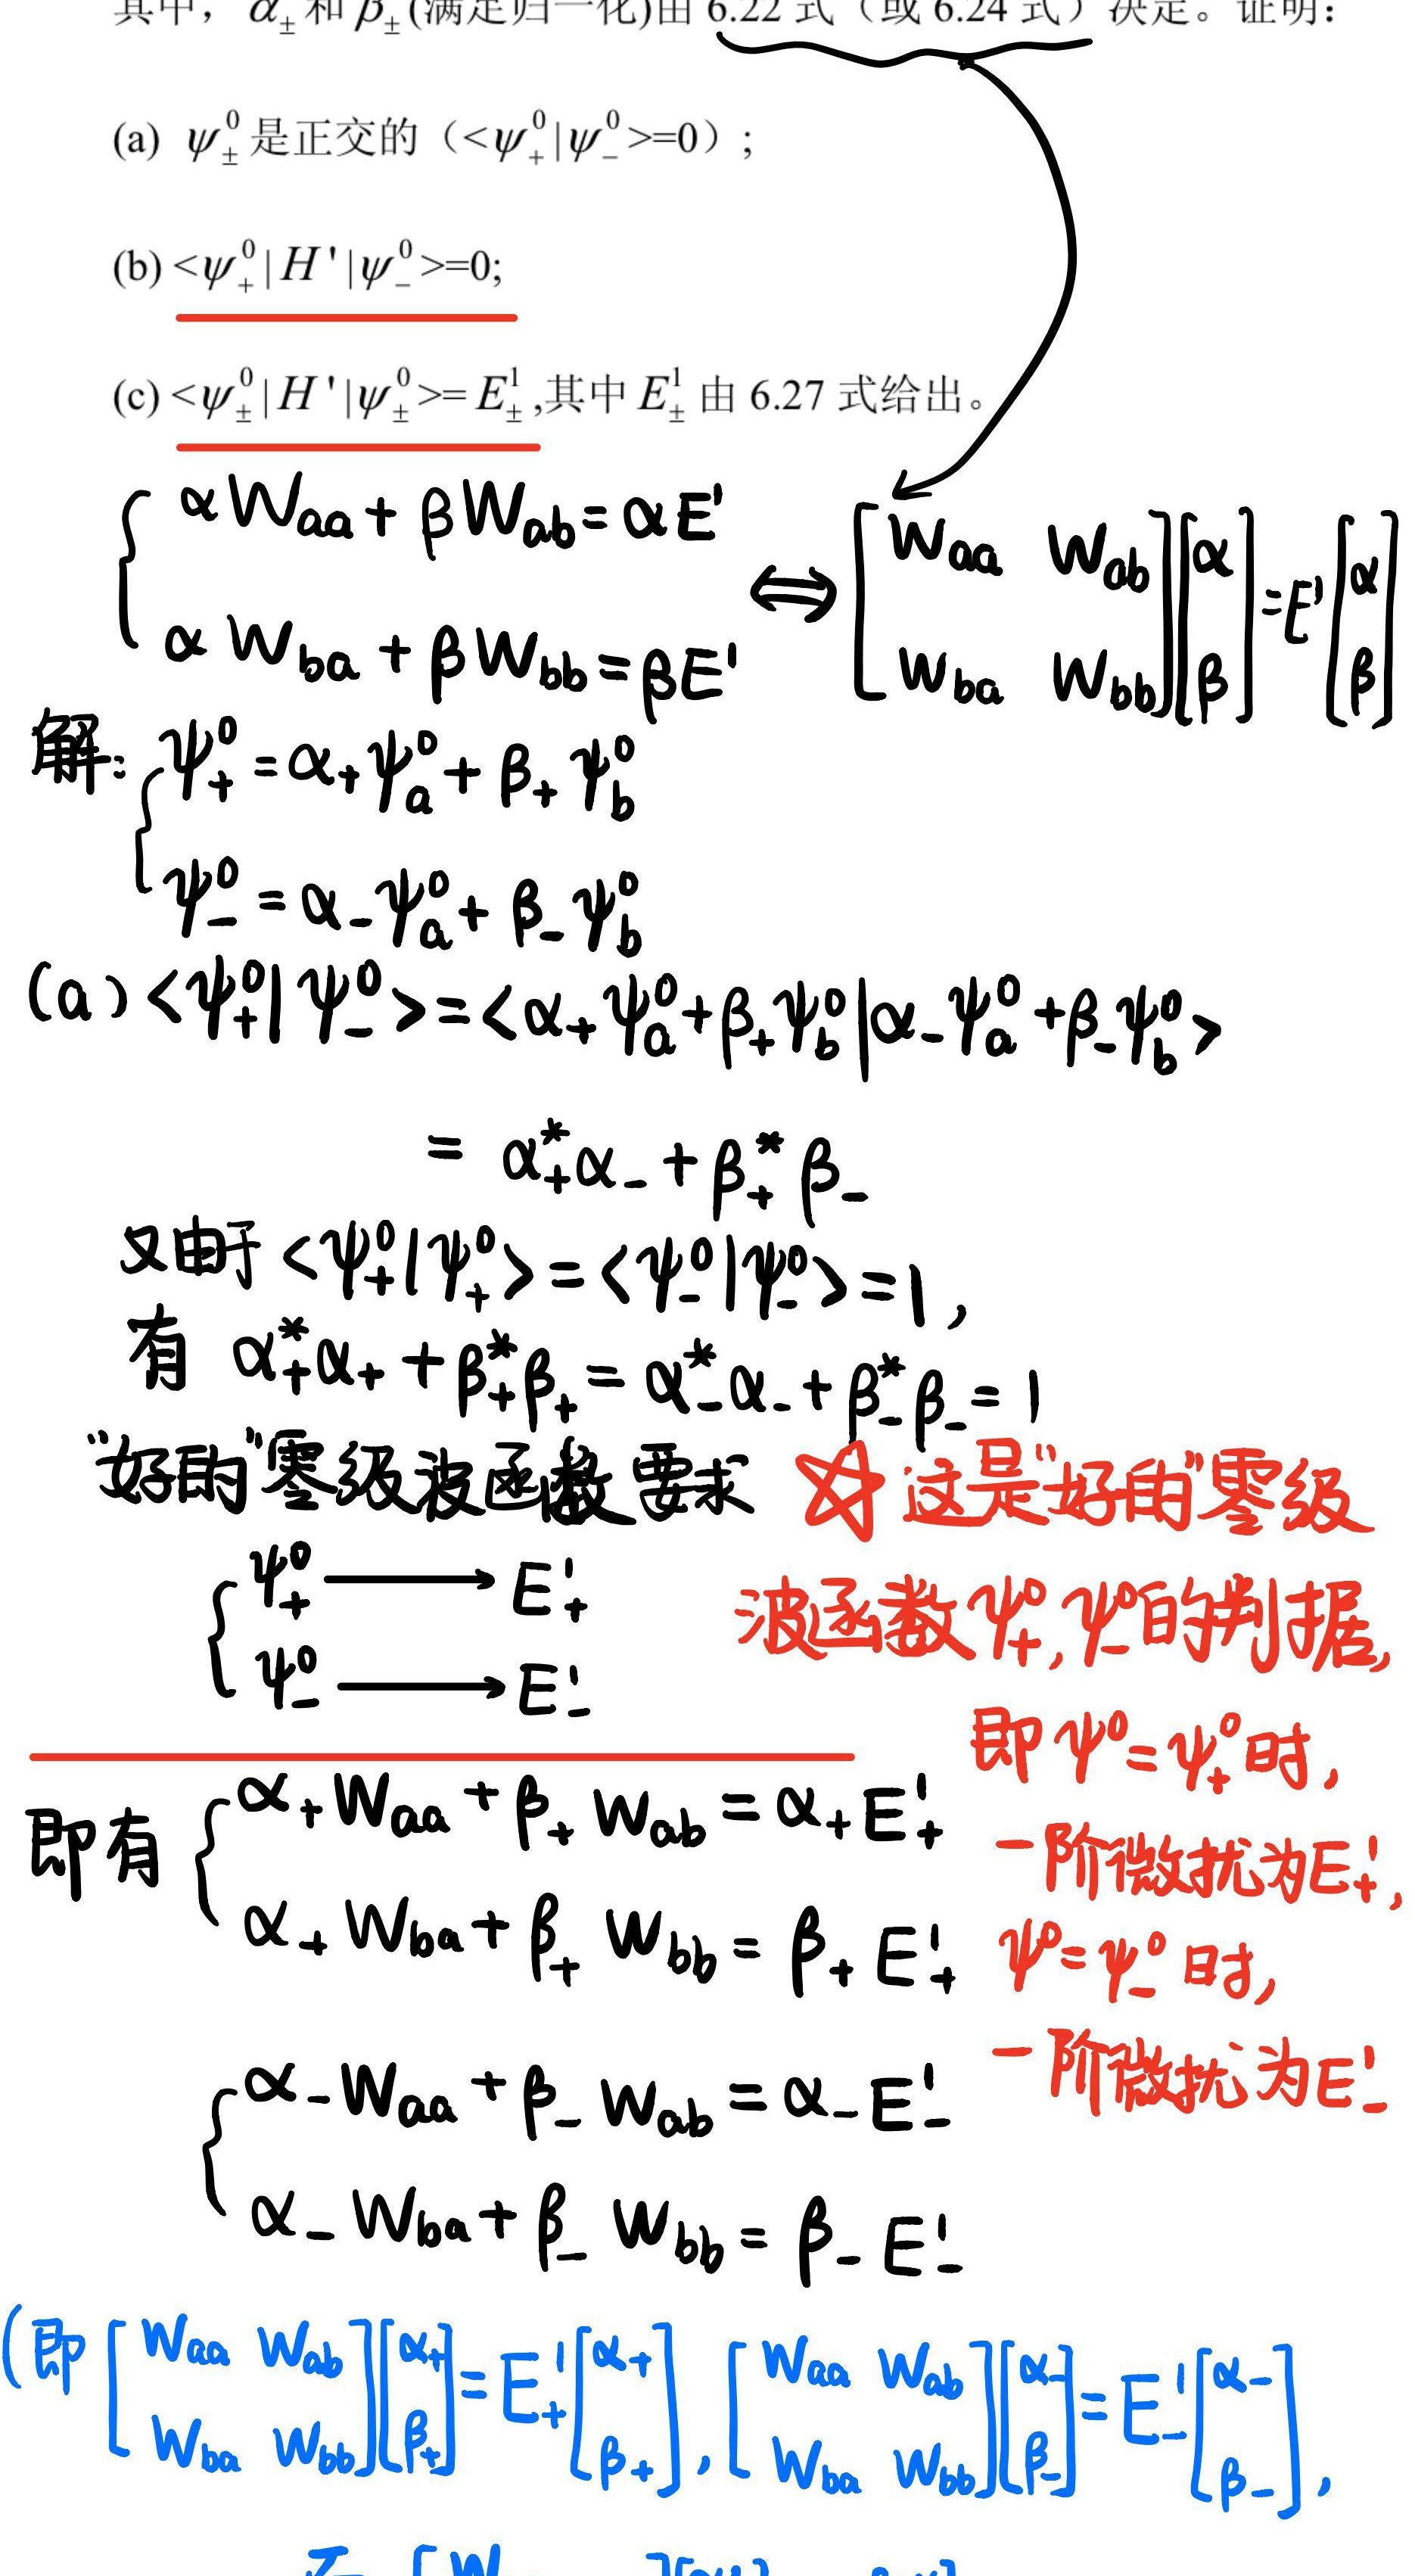
其中，$\alpha_{\pm}$和$\beta_{\pm}$(满足归一化)由$6.22$式（或$6.24$式）决定。证明：
(a) $\psi_{\pm}^{0}$是正交的（$<\psi_{+}^{0}|\psi_{-}^{0}>=0$）;
(b) $<\psi_{+}^{0}|H'|\psi_{-}^{0}>=0$;
(c) $<\psi_{\pm}^{0}|H'|\psi_{\pm}^{0}>=E_{\pm}^{1}$,其中$E_{\pm}^{1}$由$6.27$式给出。
\[
\begin{cases}
\alpha W_{aa}+\beta W_{ab}=\alpha E' \\
\alpha W_{ba}+\beta W_{bb}=\beta E'
\end{cases}
\Leftrightarrow
\begin{bmatrix}
W_{aa} & W_{ab} \\
W_{ba} & W_{bb}
\end{bmatrix}
\begin{bmatrix}
\alpha \\
\beta
\end{bmatrix}
=E'
\begin{bmatrix}
\alpha \\
\beta
\end{bmatrix}
\]
解：
\[
\begin{cases}
\psi_{+}^{0}=\alpha_{+}\psi_{a}^{0}+\beta_{+}\psi_{b}^{0} \\
\psi_{-}^{0}=\alpha_{-}\psi_{a}^{0}+\beta_{-}\psi_{b}^{0}
\end{cases}
\]
(a) $<\psi_{+}^{0}|\psi_{-}^{0}>=<\alpha_{+}\psi_{a}^{0}+\beta_{+}\psi_{b}^{0}|\alpha_{-}\psi_{a}^{0}+\beta_{-}\psi_{b}^{0}>$
\[
=\alpha_{+}^{*}\alpha_{-}+\beta_{+}^{*}\beta_{-}
\]
又由于$<\psi_{+}^{0}|\psi_{+}^{0}>=<\psi_{-}^{0}|\psi_{-}^{0}>=1$,
有$\alpha_{+}^{*}\alpha_{+}+\beta_{+}^{*}\beta_{+}=\alpha_{-}^{*}\alpha_{-}+\beta_{-}^{*}\beta_{-}=1$
“好的”零级波函数要求 $\nwarrow$ 这是“好的”零级
\[
\begin{cases}
\psi_{+}^{0} \longrightarrow E_{+}' \\
\psi_{-}^{0} \longrightarrow E_{-}'
\end{cases}
\]
波函数$\psi_{+}^{0},\psi_{-}^{0}$的判据,
即有
\[
\begin{cases}
\alpha_{+}W_{aa}+\beta_{+}W_{ab}=\alpha_{+}E_{+}' \\
\alpha_{+}W_{ba}+\beta_{+}W_{bb}=\beta_{+}E_{+}'
\end{cases}
\]
即$\psi^{0}=\psi_{+}^{0}$时,
一阶微扰为$E_{+}'$, $\psi^{0}=\psi_{-}^{0}$时,
一阶微扰为$E_{-}'$
\[
\begin{cases}
\alpha_{-}W_{aa}+\beta_{-}W_{ab}=\alpha_{-}E_{-}' \\
\alpha_{-}W_{ba}+\beta_{-}W_{bb}=\beta_{-}E_{-}'
\end{cases}
\]
(即
\[
\begin{bmatrix}
W_{aa} & W_{ab} \\
W_{ba} & W_{bb}
\end{bmatrix}
\begin{bmatrix}
\alpha_{+} \\
\beta_{+}
\end{bmatrix}
=E_{+}'
\begin{bmatrix}
\alpha_{+} \\
\beta_{+}
\end{bmatrix}
,
\begin{bmatrix}
W_{aa} & W_{ab} \\
W_{ba} & W_{bb}
\end{bmatrix}
\begin{bmatrix}
\alpha_{-} \\
\beta_{-}
\end{bmatrix}
=E_{-}'
\begin{bmatrix}
\alpha_{-} \\
\beta_{-}
\end{bmatrix}
\]
)